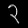
Digit: ၃